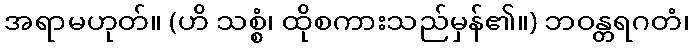
အရာမဟုတ်။ (ဟိ သစ္စံ၊ ထိုစကားသည်မှန်၏။) ဘဝန္တရဂတံ၊